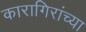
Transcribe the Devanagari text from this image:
कारागिरांच्या